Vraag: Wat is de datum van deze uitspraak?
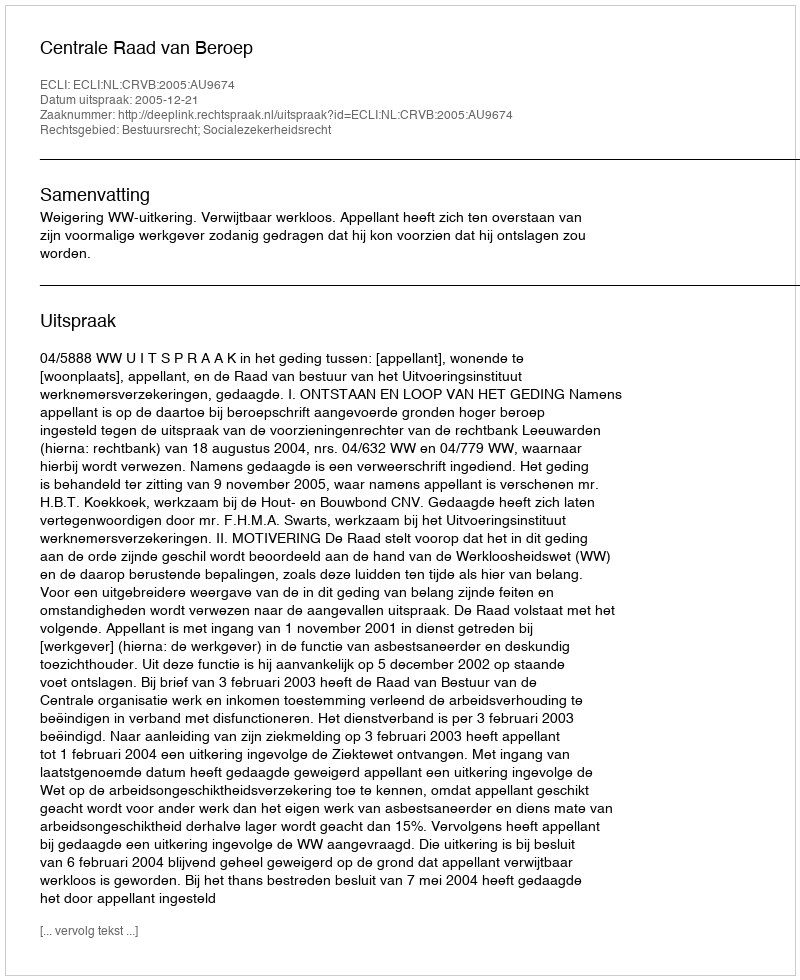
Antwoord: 2005-12-21